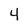
Character: 4